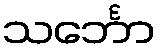
သင်္ဘော